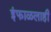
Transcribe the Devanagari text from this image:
इंफाळलाही